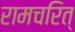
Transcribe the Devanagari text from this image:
रामचरित्